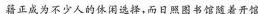
籍正成为不少人的休闲选择，而日照图书馆随着开馆